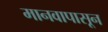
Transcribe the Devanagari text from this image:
मानवापासून